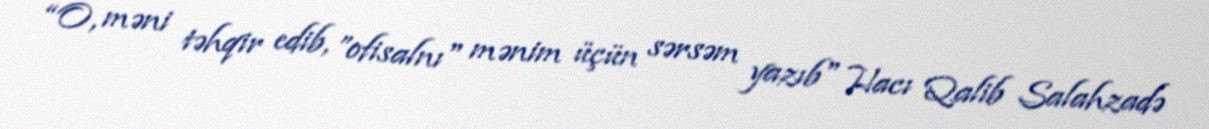
“O, məni təhqir edib, ”ofisalnı" mənim üçün sərsəm yazıb" Hacı Qalib Salahzadə